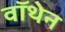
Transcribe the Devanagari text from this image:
वॉथेन